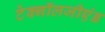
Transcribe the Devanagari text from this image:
टेक्नॉलजीएंड